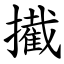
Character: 擮